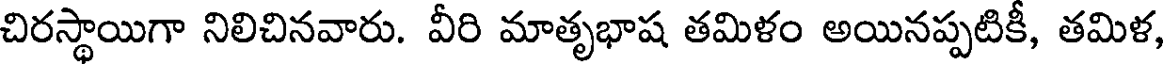
చిరస్థాయిగా నిలిచినవారు. వీరి మాతృభాష తమిళం అయినప్పటికీ, తమిళ,